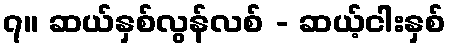
၇။ ဆယ်နှစ်လွန်လစ် - ဆယ့်ငါးနှစ်